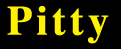
Pitty